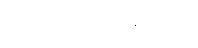
တစ်စုတစ်စည်းတည်း